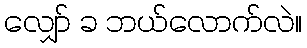
လျှော် ခ ဘယ်လောက်လဲ။